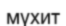
мүхит